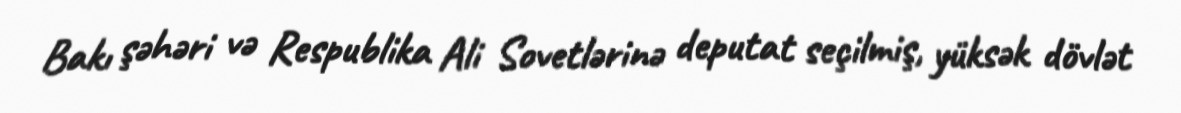
Bakı şəhəri və Respublika Ali Sovetlərinə deputat seçilmiş, yüksək dövlət